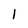
Character: 1